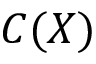
C ( { \cal { X } } )